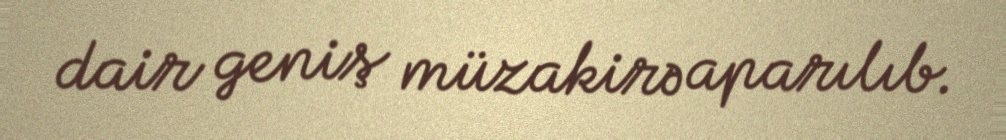
dair geniş müzakirə aparılıb.